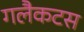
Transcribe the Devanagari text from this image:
गलैकटस